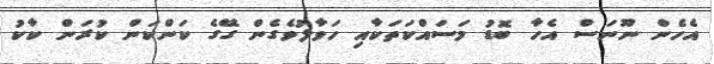
އެހެން ނޫނަސް އެހާ ބޮޑު މަސައްކަތަކާއި ހަވާލުވެގެން ގޭގެ ކަންކަން ކުރަން ކާކު